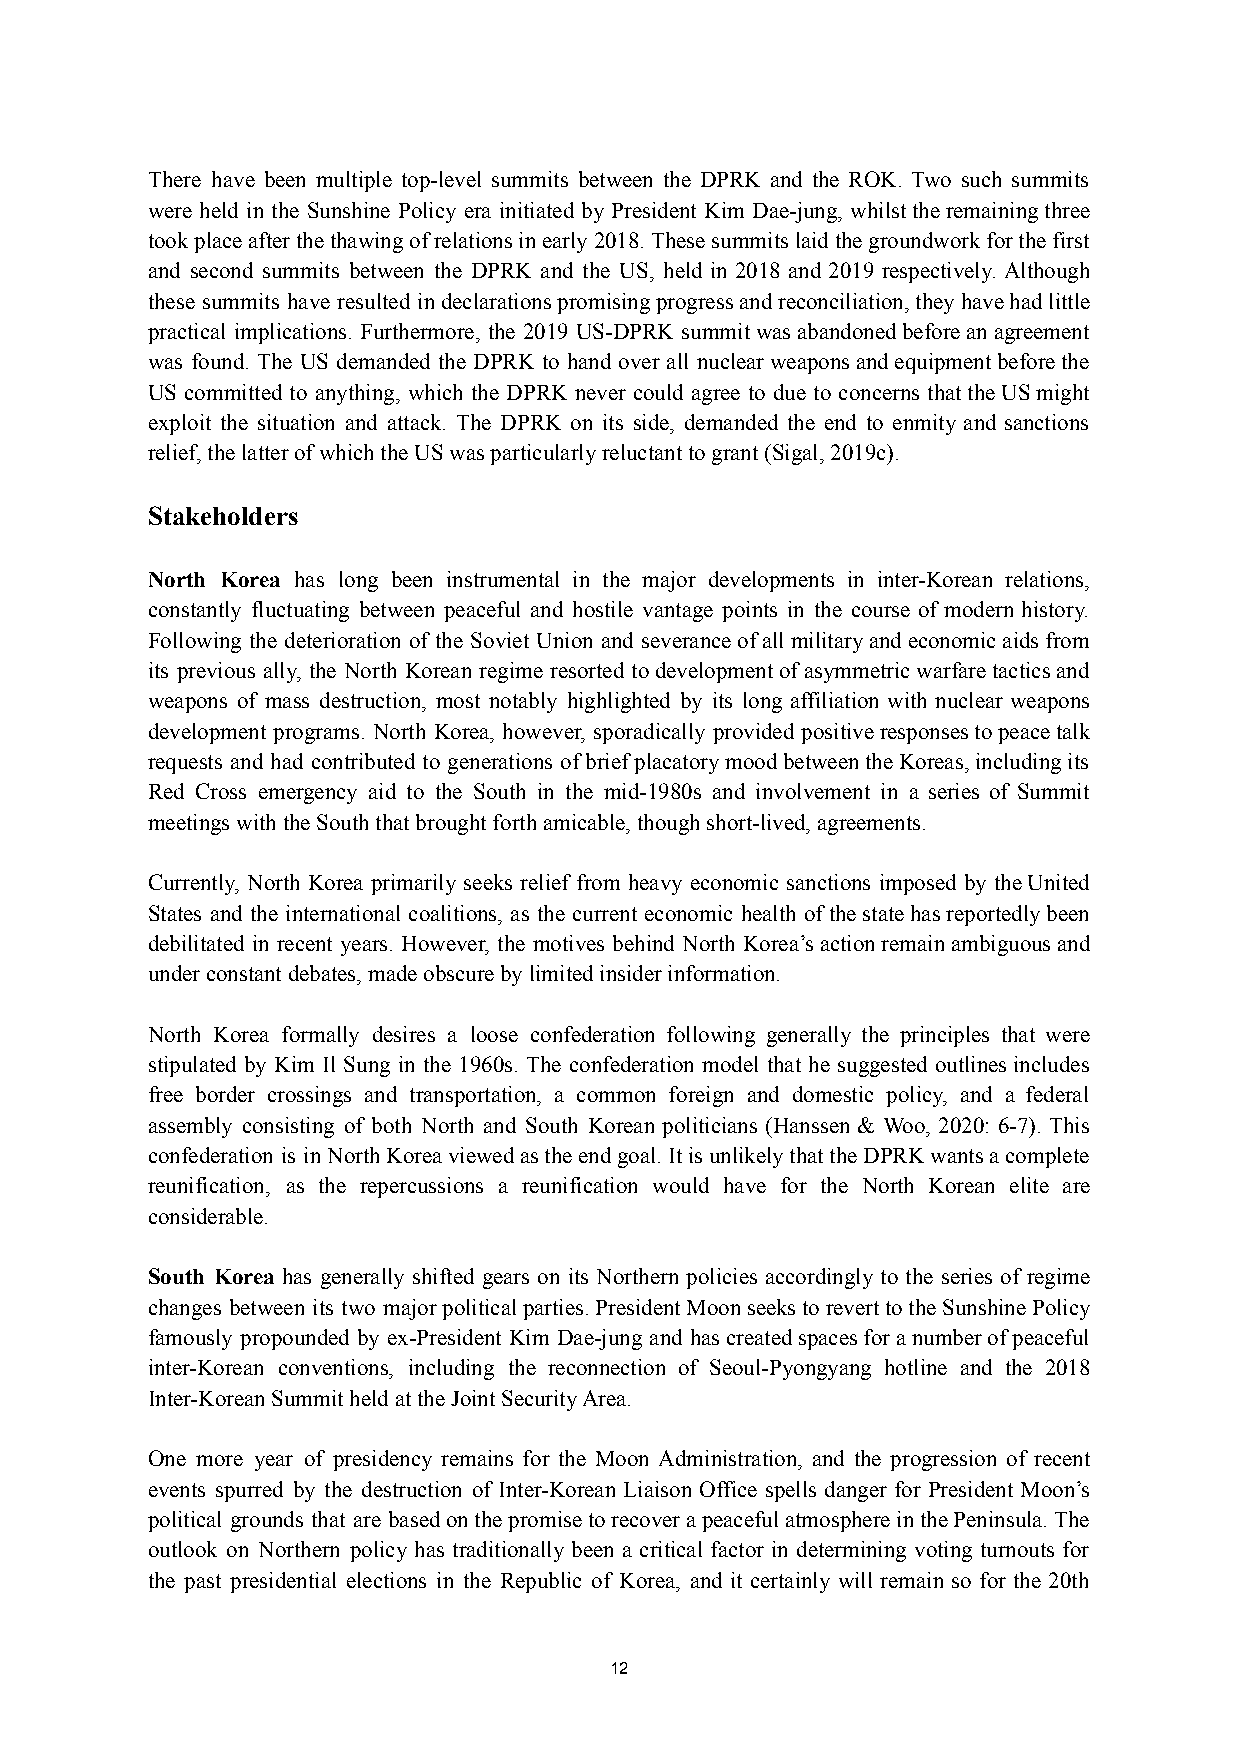
There have been multiple top-level summits between the DPRK and the ROK. Two such summits
 were held in the Sunshine Policy era initiated by President Kim Dae-jung, whilsttheremainingthree
 tookplaceafterthethawingofrelationsinearly2018.Thesesummitslaidthegroundworkforthefirst
 and second summits between the DPRK and the US, held in 2018 and 2019 respectively. Although
 these summits have resulted indeclarationspromisingprogressandreconciliation,theyhavehadlittle
 practical implications. Furthermore, the 2019 US-DPRK summitwasabandonedbeforeanagreement
 was found. The US demanded the DPRK to hand over all nuclearweaponsandequipmentbeforethe
 US committed to anything, which the DPRK never could agree to due to concerns thattheUSmight
 exploit the situation and attack. The DPRK on its side, demanded the end to enmity and sanctions
 relief, the latter of which the US was particularly reluctant to grant (Sigal, 2019c).
 Stakeholders
 North Korea has long been instrumental in the major developments in inter-Korean relations,
 constantly fluctuating between peaceful and hostile vantage points in the course of modern history.
 Following the deterioration of the Soviet Union and severanceofallmilitaryandeconomicaidsfrom
 its previous ally, the North Korean regime resorted todevelopmentofasymmetricwarfaretacticsand
 weapons of mass destruction, most notably highlighted by its long affiliation with nuclear weapons
 development programs. North Korea, however, sporadically provided positiveresponsestopeacetalk
 requests and had contributed to generations ofbriefplacatorymoodbetweentheKoreas,includingits
 Red Cross emergency aid to the South in the mid-1980s and involvement in a series of Summit
 meetings with the South that brought forth amicable, though short-lived, agreements.
 Currently, North Korea primarily seeks relief from heavy economic sanctions imposed by theUnited
 States and the international coalitions, as the current economic health ofthestatehasreportedlybeen
 debilitated in recent years. However, the motives behind North Korea’sactionremainambiguousand
 under constant debates, made obscure by limited insider information.
 North Korea formally desires a loose confederation following generally the principles that were
 stipulated by Kim Il Sung in the 1960s. The confederation model that he suggested outlinesincludes
 free border crossings and transportation, a common foreign and domestic policy, and a federal
 assembly consisting of both North and South Korean politicians (Hanssen & Woo, 2020: 6-7). This
 confederation is inNorthKoreaviewedastheendgoal.ItisunlikelythattheDPRKwantsacomplete
 reunification, as the repercussions a reunification would have for the North Korean elite are
 considerable.
 South Korea has generally shifted gears on its Northern policies accordingly to the series of regime
 changes between its two majorpoliticalparties.PresidentMoonseekstoreverttotheSunshinePolicy
 famously propounded by ex-President Kim Dae-jung and hascreatedspacesforanumberofpeaceful
 inter-Korean conventions, including the reconnection of Seoul-Pyongyang hotline and the 2018
 Inter-Korean Summit held at the Joint Security Area.
 One more year of presidency remains for the Moon Administration, and the progression of recent
 events spurred by the destruction of Inter-Korean Liaison Office spells danger for President Moon’s
 political grounds that are basedonthepromisetorecoverapeacefulatmosphereinthePeninsula.The
 outlook on Northern policy has traditionally been a critical factor in determining voting turnouts for
 the past presidential elections in the Republic of Korea, and it certainly will remain so for the 20th
 12